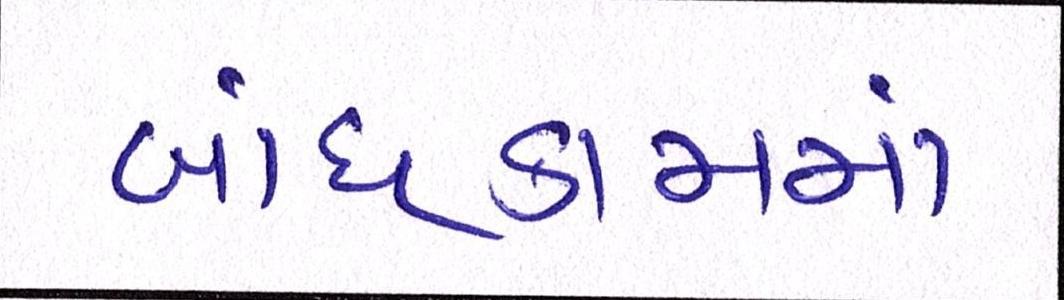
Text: બાંધકામમાં